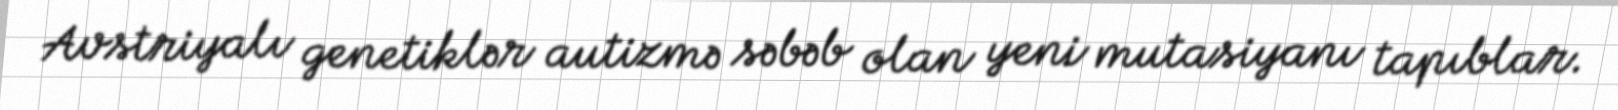
Avstriyalı genetiklər autizmə səbəb olan yeni mutasiyanı tapıblar.